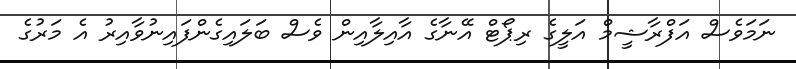
ނަމަވެސް އަފްރާޝީމް އަލީގެ ރިޕޯޓް އޭނާގެ އާއިލާއިން ވެސް ބަލައިގެންފައިނުވާއިރު އެ މަރުގެ